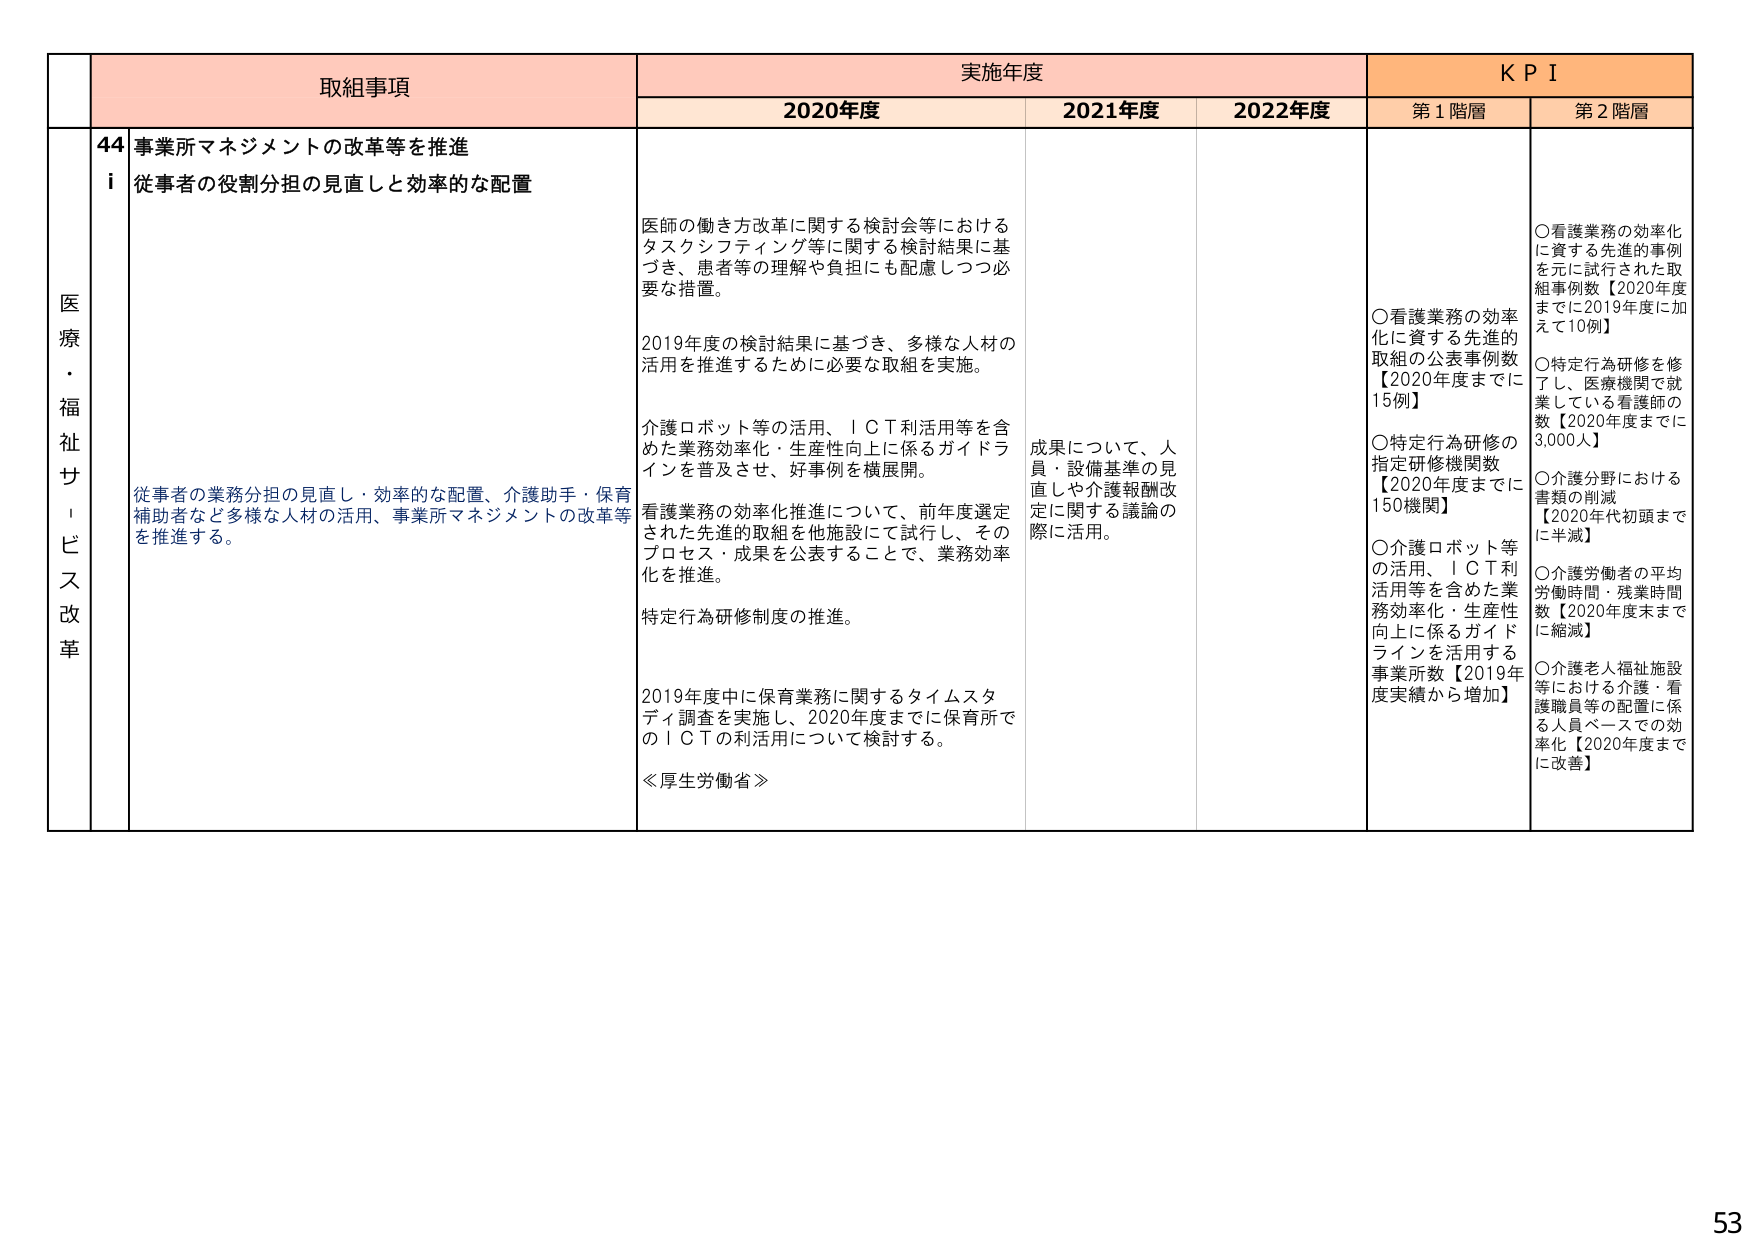
医療・福祉サービス改革

取組事項
44 事業所マネジメントの改革等を推進
i 従事者の役割分担の見直しと効率的な配置

従事者の業務分担の見直し・効率的な配置、介護助手・保育補助者など多様な人材の活用、事業所マネジメントの改革等を推進する。

実施年度
2020年度
医師の働き方改革に関する検討会等におけるタスクシフティング等に関する検討結果に基づき、患者等の理解や負担にも配慮しつつ必要な措置。
2019年度の検討結果に基づき、多様な人材の活用を推進するために必要な取組を実施。
介護ロボット等の活用、ＩＣＴ利活用等を含めた業務効率化・生産性向上に係るガイドラインを普及させ、好事例を横展開。
看護業務の効率化推進について、前年度選定された先進的取組を他施設にて試行し、そのプロセス・成果を公表することで、業務効率化を推進。
特定行為研修制度の推進。
2019年度中に保育業務に関するタイムスタディ調査を実施し、2020年度までに保育所でのＩＣＴの利活用について検討する。
≪厚生労働省≫

2021年度
成果について、人員・設備基準の見直しや介護報酬改定に関する議論の際に活用。

2022年度

ＫＰＩ
第1階層
○看護業務の効率化に資する先進的取組の公表事例数【2020年度までに15例】
○特定行為研修の指定研修機関数【2020年度までに150機関】
○介護ロボット等の活用、ＩＣＴ利活用等を含めた業務効率化・生産性向上に係るガイドラインを活用する事業所数【2019年度実績から増加】

第2階層
○看護業務の効率化に資する先進的事例を元に試行された取組事例数【2020年度までに2019年度加えて10例】
○特定行為研修を修了し、医療機関で就業している看護師の数【2020年度までに3,000人】
○介護分野における書類の削減【2020年代初頭までに半減】
○介護労働者の平均労働時間・残業時間数【2020年度末までに縮減】
○介護老人福祉施設等における介護・看護職員等の配置に係る人員ベースでの効率化【2020年度までに改善】

53